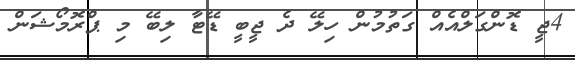
4ޖީ ޑޮންގަލްއެއް ގަތުމުން ހިލޭ ދެ ޖީބީ ޑޭޓާ ލިބޭ މި ޕްރޮމޯޝަން